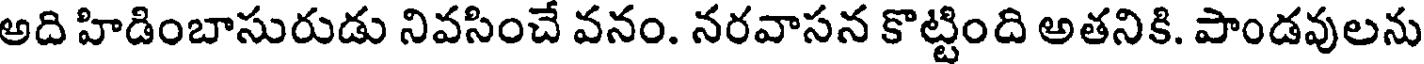
అది హిడింబాసురుడు నివసించే వనం. నరవాసన కొట్టింది అతనికి. పాండవులను